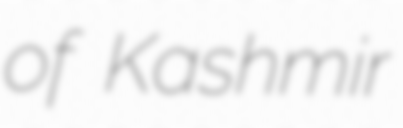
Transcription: of Kashmir